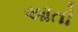
આતો